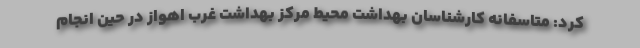
کرد: متاسفانه کارشناسان بهداشت محیط مرکز بهداشت غرب اهواز در حین انجام